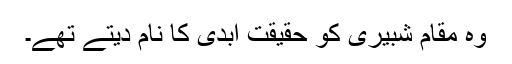
وہ مقام شبیری کو حقیقت ابدی کا نام دیتے تھے۔